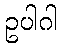
ဥပါဂါ